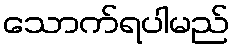
သောက်ရပါမည်